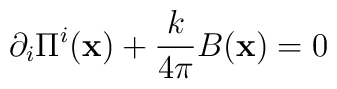
\partial_{i} \Pi^{i}({\bf x}) +\frac{k}{4\pi} B({\bf x}) = 0